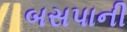
બસપાની